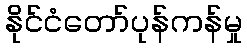
နိုင်ငံတော်ပုန်ကန်မှု